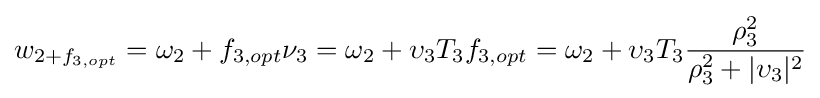
w_{2+f_{3,opt}}=\omega _{2}+f_{3,opt}\nu _{3}=\omega _{2}+\upsilon _{3}T_{3}f_{3,opt}=\omega _{2}+\upsilon _{3}T_{3}{\frac {\rho _{3}^{2}}{\rho _{3}^{2}+|\upsilon _{3}|^{2}}}